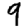
Digit: 9